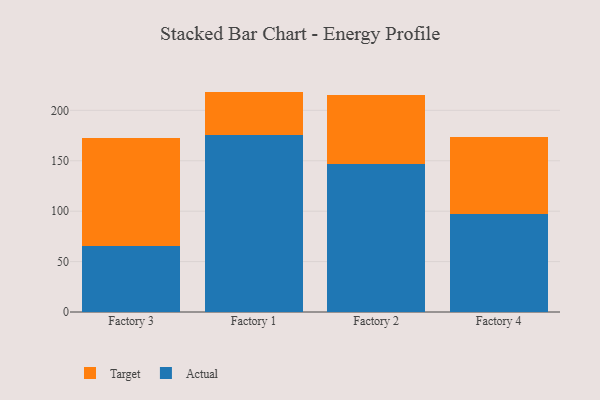
{"axis": {"x": "Factory", "y": "Budget (USD K)"}, "legend": ["Actual", "Target"], "data": [{"x": "Factory 3", "y": 65.8, "type": "Actual"}, {"x": "Factory 3", "y": 107.1, "type": "Target"}, {"x": "Factory 1", "y": 175.1, "type": "Actual"}, {"x": "Factory 1", "y": 43.5, "type": "Target"}, {"x": "Factory 2", "y": 147.0, "type": "Actual"}, {"x": "Factory 2", "y": 68.1, "type": "Target"}, {"x": "Factory 4", "y": 97.5, "type": "Actual"}, {"x": "Factory 4", "y": 76.2, "type": "Target"}]}